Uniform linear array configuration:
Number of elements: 32
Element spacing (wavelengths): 0.25
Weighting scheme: hann
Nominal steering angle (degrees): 15
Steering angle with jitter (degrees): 13.718
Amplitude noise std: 0.05
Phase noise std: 0.05

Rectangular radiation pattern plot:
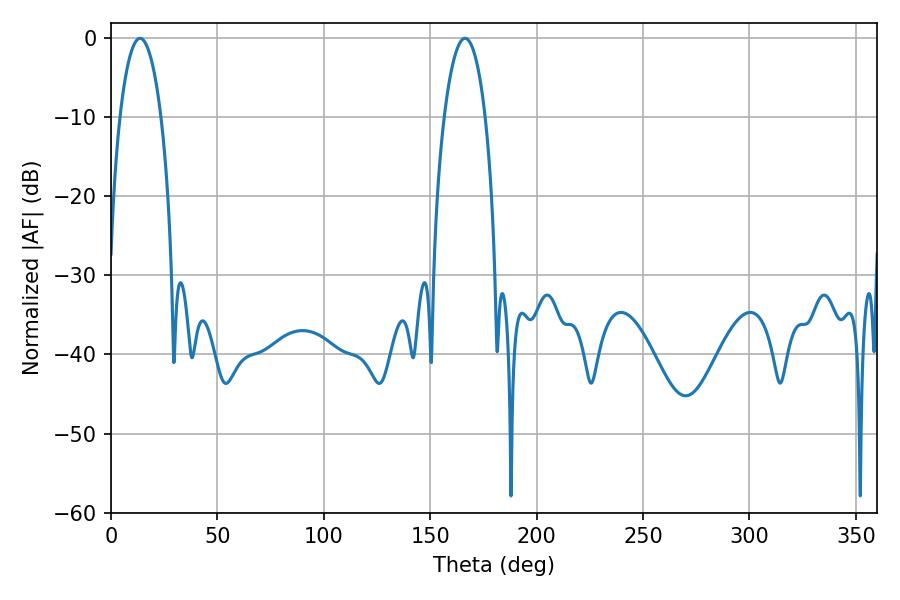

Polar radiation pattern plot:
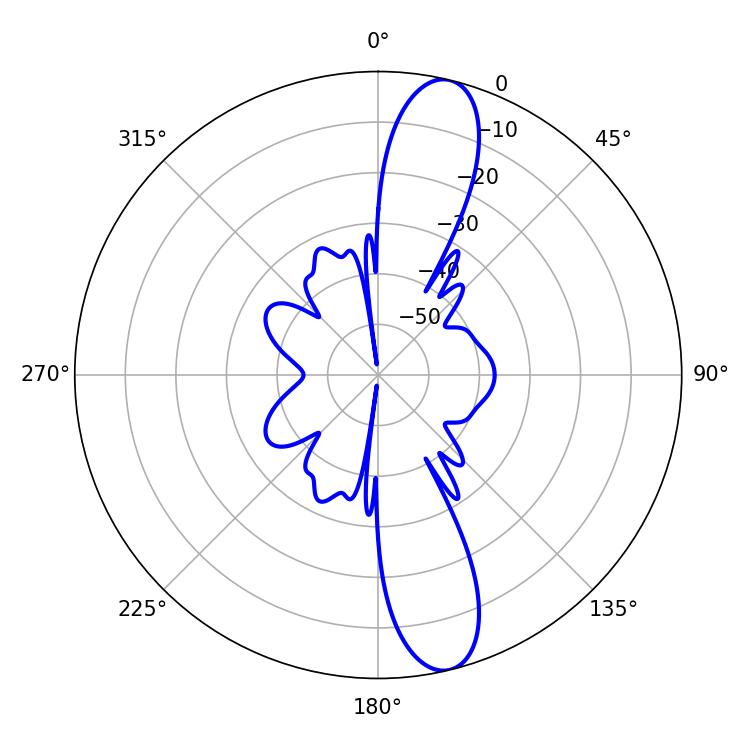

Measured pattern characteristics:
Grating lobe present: FALSE
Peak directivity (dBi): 13.242
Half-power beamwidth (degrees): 10.8
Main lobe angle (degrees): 13.68